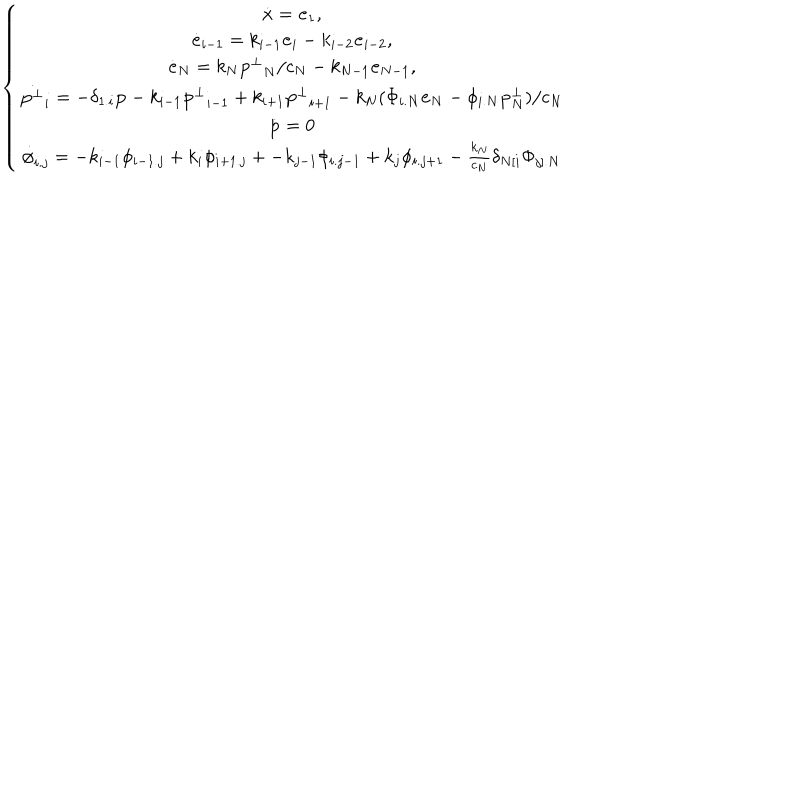
\left\{ \begin{array} { c } { { \dot { \bf x } = { \bf e } _ { 1 } , } } \\ { { \dot { \bf e } _ { i - 1 } = k _ { i - 1 } { \bf e } _ { i } - k _ { i - 2 } { \bf e } _ { i - 2 } , } } \\ { { \dot { \bf e } _ { N } = k _ { N } { { \bf p } ^ { \bot } } _ { N } / c _ { N } - k _ { N - 1 } { \bf e } _ { N - 1 } , } } \\ { { \dot { { \bf p } ^ { \bot } } _ { i } = - \delta _ { 1 . i } { \bf p } - k _ { i - 1 } { { \bf p } ^ { \bot } } _ { i - 1 } + k _ { i + 1 } { { \bf p } ^ { \bot } } _ { i + 1 } - k _ { N } ( \Phi _ { i . N } { \bf e } _ { N } - \phi _ { i . N } { \bf p } _ { N } ^ { \bot } ) / c _ { N } } } \\ { { { \dot { \bf p } } = 0 } } \\ { { { \dot { \phi } } _ { i . j } = - k _ { i - 1 } \phi _ { i - 1 . j } + k _ { i } \phi _ { i + 1 . j } + - k _ { j - 1 } \phi _ { i . j - 1 } + k _ { j } \phi _ { i . j + 1 } - \frac { k _ { N } } { c _ { N } } \delta _ { N [ i } \Phi _ { j ] . N } } } \\ \end{array} \right.